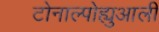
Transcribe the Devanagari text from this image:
टोनाल्पोह्युआली